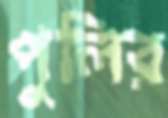
পুলির